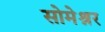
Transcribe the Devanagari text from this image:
सोमेश्नर